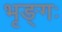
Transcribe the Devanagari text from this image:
भृङ्गः